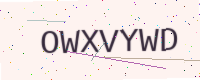
Text: OWXVYWD